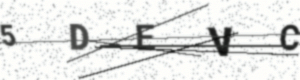
Text: 5DEVC